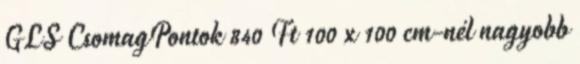
GLS CsomagPontok 840 Ft 100 x 100 cm-nél nagyobb